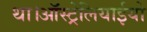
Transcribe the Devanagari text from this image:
था।ऑस्ट्रेलियाईयो